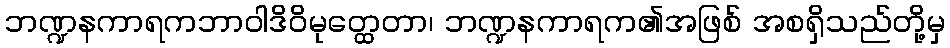
ဘဏ္ဍနကာရကဘာဝါဒိဝိမုတ္ထေတာ၊ ဘဏ္ဍနကာရက၏အဖြစ် အစရှိသည်တို့မှ